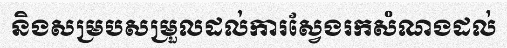
និងសម្របសម្រួលដល់ការស្វែងរកសំណងដល់